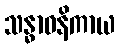
သန္ဓာဝနိကာယ